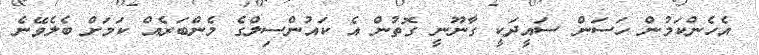
އެހެންކަމުން ހަސަން ސައީދަކީ ގާނޫނީ ގޮތުން އެ ކައުންސިލްގެ މެންބަރެއް ކަމަށް ބެލެވޭނެ